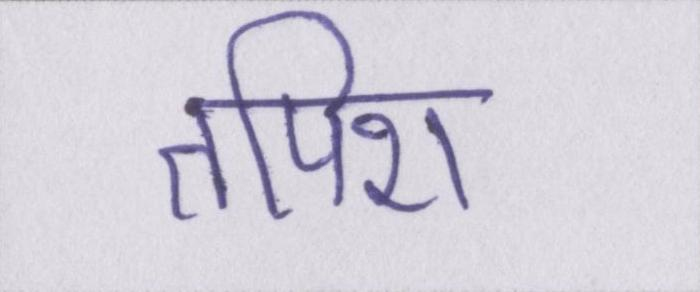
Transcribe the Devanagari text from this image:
तपिश